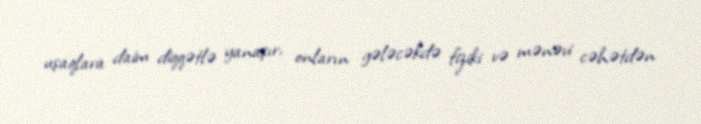
uşaqlara daim diqqətlə yanaşır, onların gələcəkdə fiziki və mənəvi cəhətdən